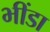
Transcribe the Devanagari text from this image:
भींडा